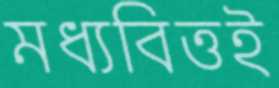
মধ্যবিত্তই